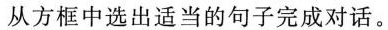
从方框中选出适当的句子完成对话。